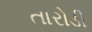
તારોડી